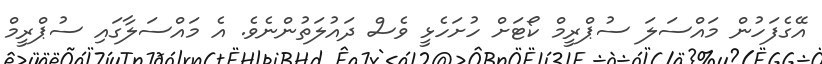
އޭގެފަހުން މައްސަލަ ސުޕްރީމް ކޯޓަށް ހުށަހެޅީ ވެސް ދައުލަތުންނެވެ. އެ މައްސަލާގައި ސުޕްރީމް